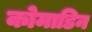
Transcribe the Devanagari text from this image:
कोमाडिन